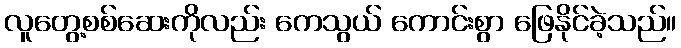
လူတွေ့စစ်ဆေးကိုလည်း ကေသွယ် ကောင်းစွာ ဖြေနိုင်ခဲ့သည်။